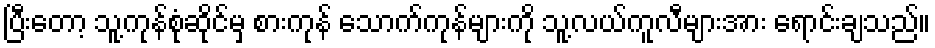
ပြီးတော့ သူ့ကုန်စုံဆိုင်မှ စားကုန် သောက်ကုန်များကို သူ့လယ်ကူလီများအား ရောင်းချသည်။